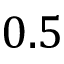
0 . 5